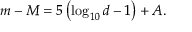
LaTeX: m - M = 5 \left( \log _ { 1 0 } d - 1 \right) + A .